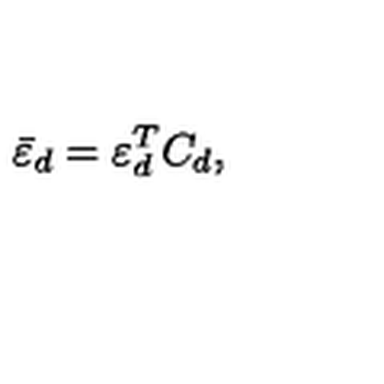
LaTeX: { \bar { \varepsilon } _ { d } } = \varepsilon _ { d } ^ { T } C _ { d } ,